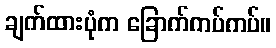
ချက်ထားပုံက ခြောက်ကပ်ကပ်။